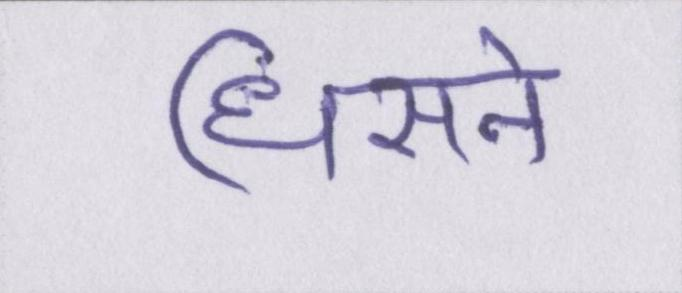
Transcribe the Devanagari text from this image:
धिसने